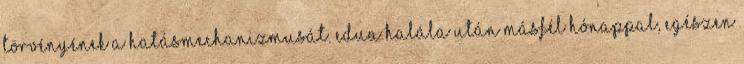
törvényének a hatásmechanizmusát. Edua halála után másfél hónappal, egészen